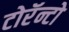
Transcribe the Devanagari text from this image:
टोरॅन्टो